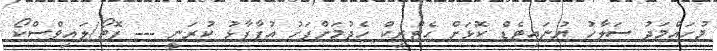
މުހައްމަދު ސަލާހު ޔުނައިޓެޑް ކޮޅަށް ހެޓްރިކް ހެދުމަށްފަހު އުފާފާޅު ކުރަނީ --- ފޮޓޯ/ލައިވްސްކޯ